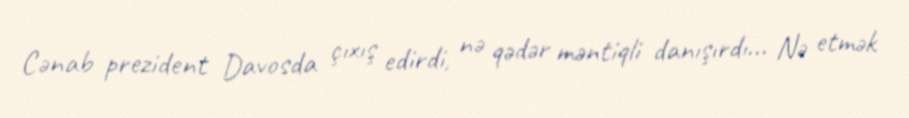
Cənab prezident Davosda çıxış edirdi, nə qədər məntiqli danışırdı... Nə etmək